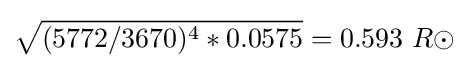
{\sqrt {(5772/3670)^{4}*0.0575}}=0.593\ R\odot